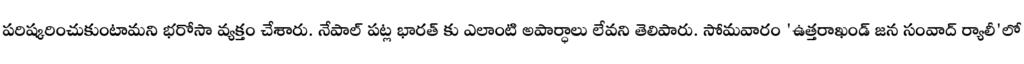
పరిష్కరించుకుంటామని భరోసా వ్యక్తం చేశారు. నేపాల్ పట్ల భారత్ కు ఎలాంటి అపార్ధాలు లేవని తెలిపారు. సోమవారం 'ఉత్తరాఖండ్ జన సంవాద్ ర్యాలీ'లో